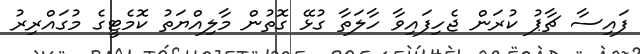
ފައިސާ ޗާޕު ކުރަން ޖެހިފައިވާ ހާލަތާ ގުޅޭ ގޮތުން މާލިއްޔަތު ކޮމެޓީގެ މުގައްރިރު